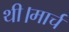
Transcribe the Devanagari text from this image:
थी।मार्च